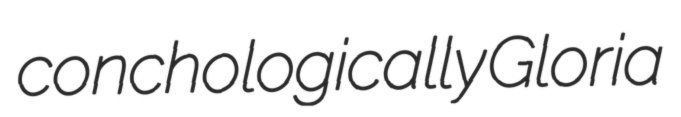
conchologically Gloria